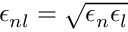
\epsilon _ { n l } = \sqrt { \epsilon _ { n } \epsilon _ { l } }